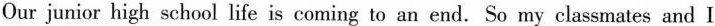
Our junior high school life is coming to an end. So my classmates and I